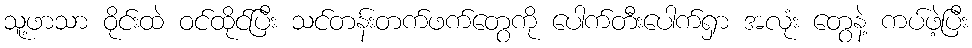
သူ့ဖာသာ ဝိုင်းထဲ ဝင်ထိုင်ပြီး သင်တန်းတက်ဖက်တွေကို ပေါက်တီးပေါက်ရှာ အလုံး တွေနဲ့ ကပ်ဖဲ့ပြီး